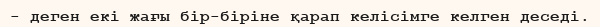
- деген екі жағы бір-біріне қарап келісімге келген деседі.